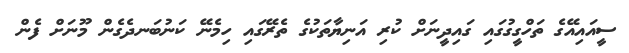
ސީއައިއޭގެ ތަހްގީގުގައި ގައިދީނަށް ކުރި އަނިޔާތަކުގެ ތެރޭގައި ހިމެނޭ ކަނުބަނދެގެން މޫނަށް ފެން